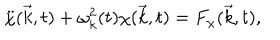
\ddot { \chi } ( \vec { k } , t ) + { \omega } _ { k } ^ { 2 } ( t ) { \chi } ( \vec { k } , t ) = F _ { \chi } ( \vec { k } , t ) ,